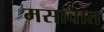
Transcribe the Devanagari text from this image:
मसावात